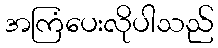
အကြံပေးလိုပါသည်